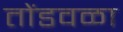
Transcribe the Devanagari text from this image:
तोंडवळा